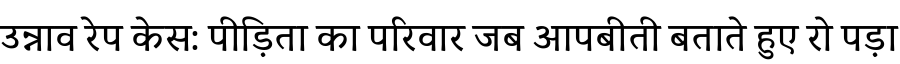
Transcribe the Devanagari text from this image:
उन्नाव रेप केस: पीड़िता का परिवार जब आपबीती बताते हुए रो पड़ा